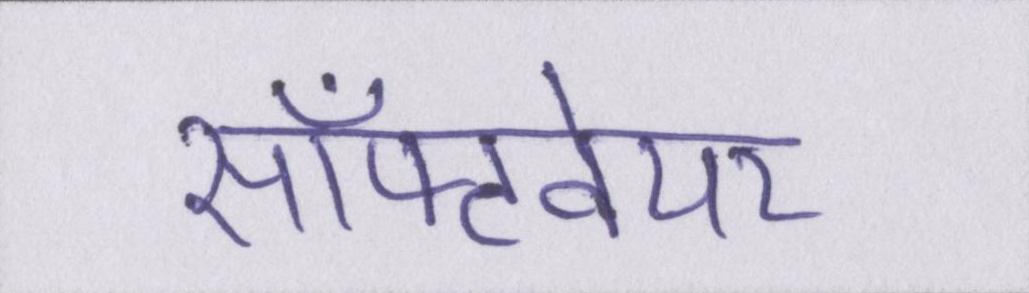
सॉफ्टवेयर